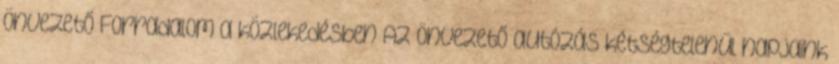
önvezető Forradalom a közlekedésben Az önvezető autózás kétségtelenül napjaink